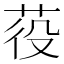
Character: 䓈